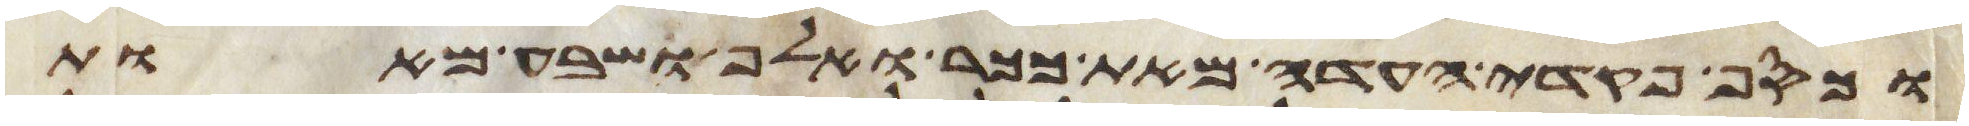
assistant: וכסף פקדי העדה מאת ככר ואלף ושבע מאות